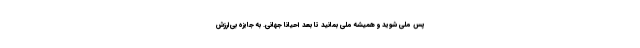
پس ملی شوید و همیشه ملی بمانید تا بعد احیانا جهانی. به جایزه بی‌ارزش